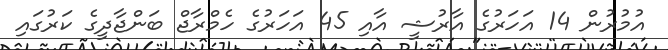
އުމުރުން 14 އަހަރުގެ އާރުޝީ އާއި 45 އަހަރުގެ ހެމްރާޖް ބަންޖާދީގެ ކަރުގައި